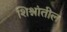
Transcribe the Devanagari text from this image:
शिश्नांतील